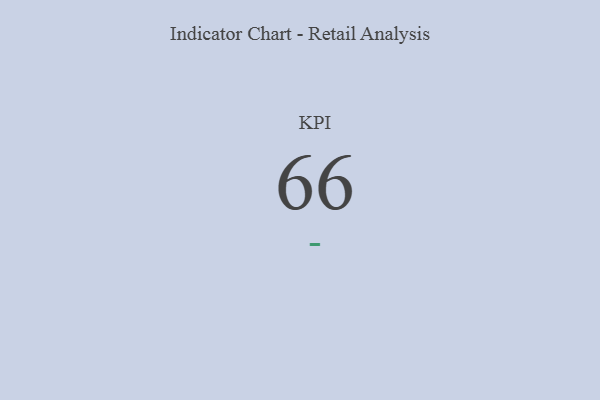
{"axis": {"x": "KPI", "y": "Value"}, "legend": [""], "data": [{"x": "KPI", "y": 66, "type": ""}]}